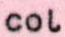
col